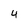
Character: 4